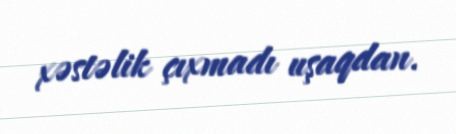
xəstəlik çıxmadı uşaqdan.